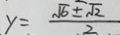
y = \frac { \sqrt { 6 } \pm \sqrt { 2 } } { 2 }